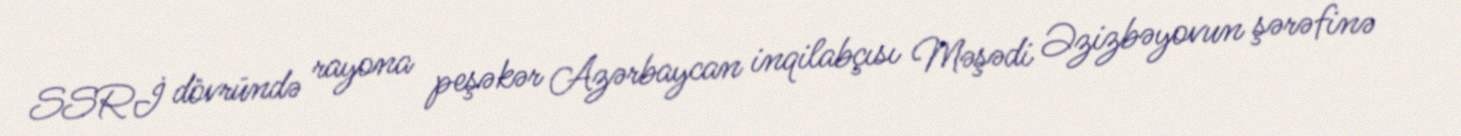
SSRİ dövründə rayona peşəkər Azərbaycan inqilabçısı Məşədi Əzizbəyovun şərəfinə